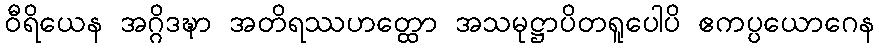
ဝီရိယေန အဂ္ဂိဒဍ္ဎာ အတိရဿဟတ္ထော အသမုဋ္ဌာပိတရူပေါပိ ဧကပ္ပယောဂေန